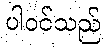
ပါဝင်သည်